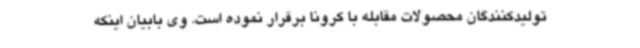
تولیدکنندگان محصولات مقابله با کرونا برقرار نموده است. وی بابیان اینکه